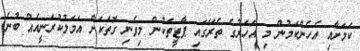
ކަމަށާއި އެހެންކަމުން މި އަހަރުގެ ތެރޭގައި ޕާޓީތަކުން މިވެނި ގޮތަކަށް އަމަލުކުރަނީއެއް ބުނެ